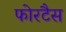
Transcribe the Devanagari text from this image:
फोरटैस